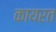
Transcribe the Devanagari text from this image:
कायरत